Annual returns of the Patna Lunatic Asylum at Bankipore in Bihar and Orissa - 1912-1924
Year: 1912
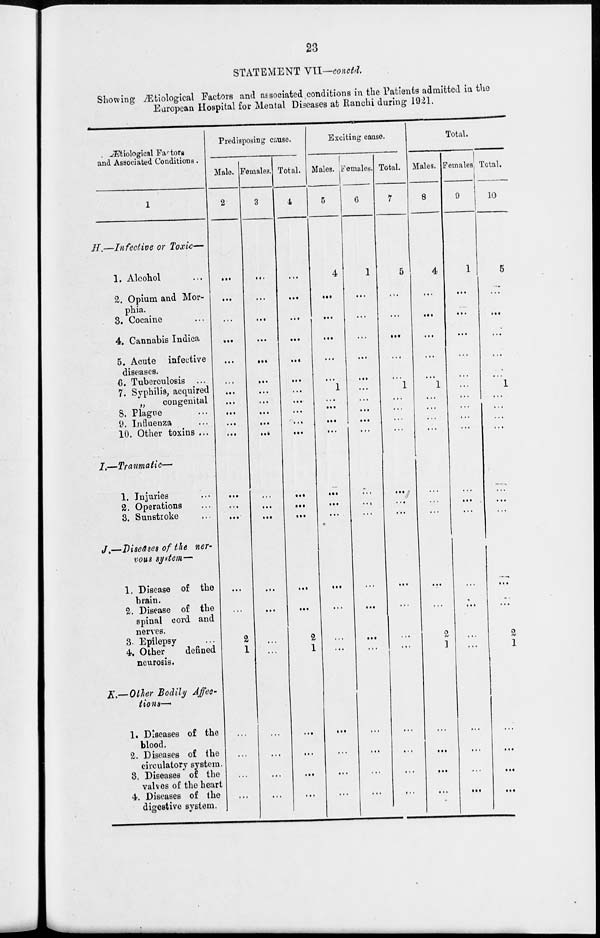
23
STATEMENT VII—conctd.
Showing Ætiological Factors and associated conditions in the Patients admitted in the
European Hospital for Mental Diseases at Ranchi during 1921.
Ætiological Factors
and Associated Conditions.
1
H.—Infective or Toxic—
1. Alcohol ...
2. Opium and Mor-
phia.
3. Cocaine ...
4. Cannabis Indica
5. Acute infective
diseases.
6. Tuberculosis ...
7. Syphilis, acquired
„
congenital
8. Plague ...
9. Influenza ...
10. Other toxins ...
I.—Traumatic—
1. Injuries ...
2. Operations ...
3. Sunstroke ...
J.—Diseases
of the ner-
vous system—
1. Disease of the
brain.
2. Disease of the
spinal cord and
nerves.
3. Epilepsy ...
4. Other
defined
neurosis.
K.—Other Bodily Affec-
tions—.
1. Diseases of the
blood.
2. Diseases of the
circulatory system.
3. Diseases of the
valves of the heart
4. Diseases of the
digestive system.
Predisposing cause.
Male.
2
...
...
...
...
...
...
...
...
...
...
...
...
...
...
...
...
2
1
...
...
...
...
Females.
3
...
. ..
...
...
...
...
...
...
...
...
...
...
...
...
...
...
...
...
...
...
...
Total.
4
...
...
...
...
...
...
...
.. .
...
...
...
...
...
...
...
...
2
1
...
...
...
...
Exciting cause.
Males.
5
4
...
.. .
...
...
...
1
...
...
...
...
...
...
...
...
...
...
...
...
...
...
...
Females.
6
1
...
...
...
. ..
...
...
...
...
...
...
...
...
...
...
...
...
...
...
...
...
...
Total.
7
5
...
...
...
.. .
...
1
...
...
...
...
...
...
...
...
...
...
. ..
...
...
...
...
Total.
Males.
8
4
...
...
...
...
...
1
...
...
...
...
...
...
...
...
...
2
1
...
...
...
...
Females.
9
1
...
...
...
...
...
...
...
...
...
...
...
...
...
...
...
...
...
...
...
...
...
Total.
10
5
...
...
...
...
...
1
...
...
...
...
...
...
...
...
...
2
1
...
...
...
...